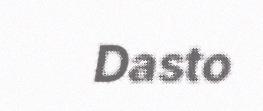
Dasto